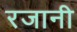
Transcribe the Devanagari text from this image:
रजानी